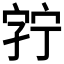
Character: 𫳘